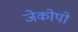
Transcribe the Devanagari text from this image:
जेकोपो